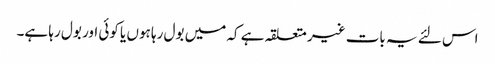
اس لئے یہ بات غیر متعلقہ ہے کہ میں بول رہا ہوں یا کوئی اور بول رہا ہے۔